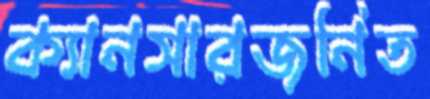
ক্যানসারজনিত